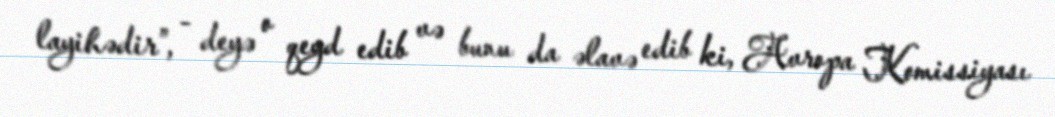
layihədir”, - deyə o qeyd edib və bunu da əlavə edib ki, Avropa Komissiyası